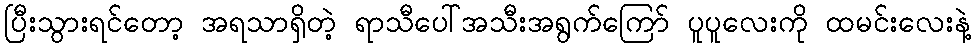
ပြီးသွားရင်တော့ အရသာရှိတဲ့ ရာသီပေါ်အသီးအရွက်ကြော် ပူပူလေးကို ထမင်းလေးနဲ့